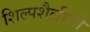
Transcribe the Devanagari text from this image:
शिल्पशैलीची